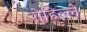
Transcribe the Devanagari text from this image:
रोहिल्ले